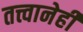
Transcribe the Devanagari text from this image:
तत्त्वानेही